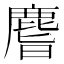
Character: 𪊨